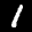
Label: 1